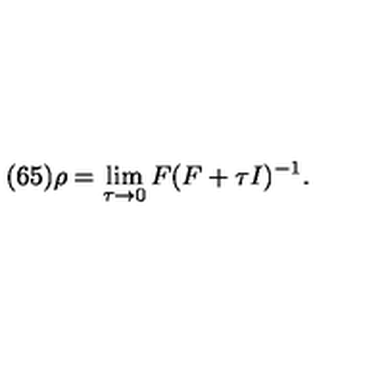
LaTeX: ( 6 5 ) \rho = \lim _ { \tau \rightarrow 0 } F ( F + \tau I ) ^ { - 1 } .